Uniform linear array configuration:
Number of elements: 8
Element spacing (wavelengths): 0.25
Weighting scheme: blackman
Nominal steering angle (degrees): -30
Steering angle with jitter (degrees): -30.888
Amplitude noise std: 0.05
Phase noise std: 0.05

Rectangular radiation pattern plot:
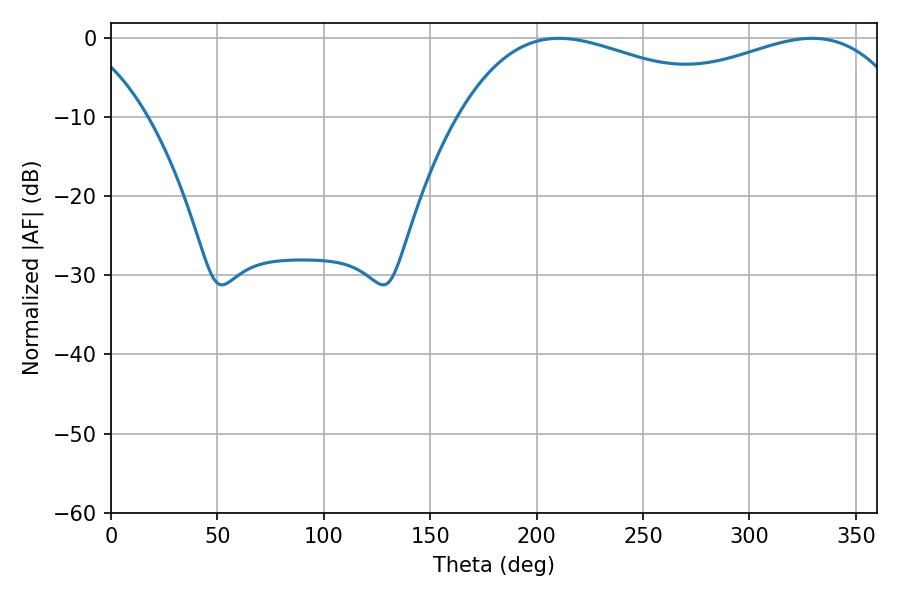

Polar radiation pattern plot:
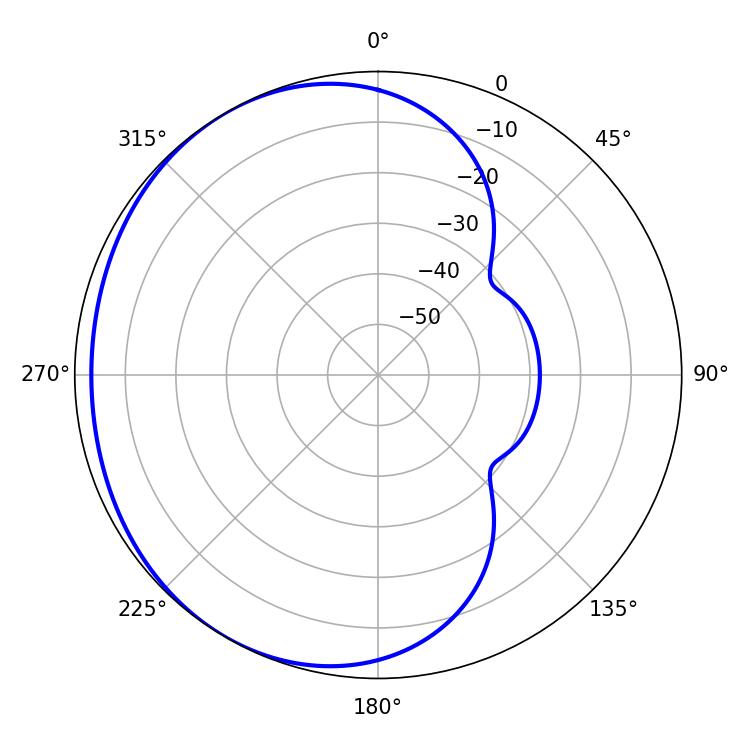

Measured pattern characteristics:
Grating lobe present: FALSE
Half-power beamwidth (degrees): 75.6
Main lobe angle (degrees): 210.6